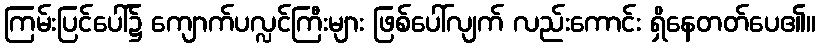
ကြမ်းပြင်ပေါ်၌ ကျောက်ပလ္လင်ကြီးများ ဖြစ်ပေါ်လျက် လည်းကောင်း ရှိနေတတ်ပေ၏။